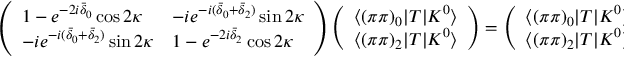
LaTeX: \left( \begin{array} { l l } { { { 1 - e ^ { - 2 i { \bar { \delta } } _ { 0 } } \cos 2 \kappa } } } & { { { - i e ^ { - i ( { \bar { \delta } } _ { 0 } + { \bar { \delta } } _ { 2 } ) } \sin 2 \kappa } } } \\ { { { - i e ^ { - i ( { \bar { \delta } } _ { 0 } + { \bar { \delta } } _ { 2 } ) } \sin 2 \kappa } } } & { { { 1 - e ^ { - 2 i { \bar { \delta } } _ { 2 } } \cos 2 \kappa } } } \end{array} \right) \left( \begin{array} { l } { { { \langle ( \pi \pi ) _ { 0 } | T | K ^ { 0 } \rangle } } } \\ { { { \langle ( \pi \pi ) _ { 2 } | T | K ^ { 0 } \rangle } } } \end{array} \right) = \left( \begin{array} { l } { { { \langle ( \pi \pi ) _ { 0 } | T | K ^ { 0 } \rangle - \langle ( \pi \pi ) _ { 0 } | T ^ { \dagger } | K ^ { 0 } \rangle } } } \\ { { { \langle ( \pi \pi ) _ { 2 } | T | K ^ { 0 } \rangle - \langle ( \pi \pi ) _ { 2 } | T ^ { \dagger } | K ^ { 0 } \rangle } } } \end{array} \right)